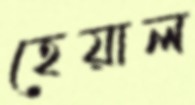
হেয়াল